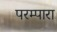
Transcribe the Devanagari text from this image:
परम्पारा